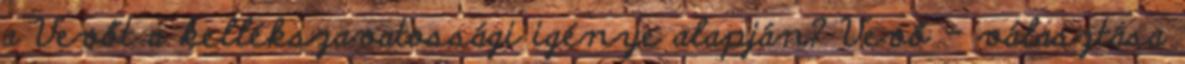
a Vevőt a kellékszavatossági igénye alapján? Vevő – választása